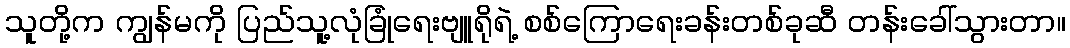
သူတို့က ကျွန်မကို ပြည်သူ့လုံခြုံရေးဗျူရိုရဲ့ စစ်ကြောရေးခန်းတစ်ခုဆီ တန်းခေါ်သွားတာ။